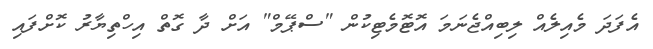
އެފަދަ މެއިލެއް ލިބިއްޖެނަމަ އޮޓޮމެޓިކުން "ސްޕޭމް" އަށް ދާ ގޮތް އިހްތިޔާރު ކޮށްފައި